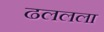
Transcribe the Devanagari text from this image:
ढललला